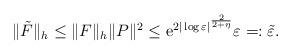
LaTeX: \begin{align*}\|\tilde{F}\|_{h}\leq \|F\|_{h} \|P\|^{2} \leq {\rm e}^{2|\log \varepsilon|^{\frac{2}{2+\eta}}} \varepsilon =:\tilde{\varepsilon}.\end{align*}